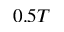
0 . 5 T